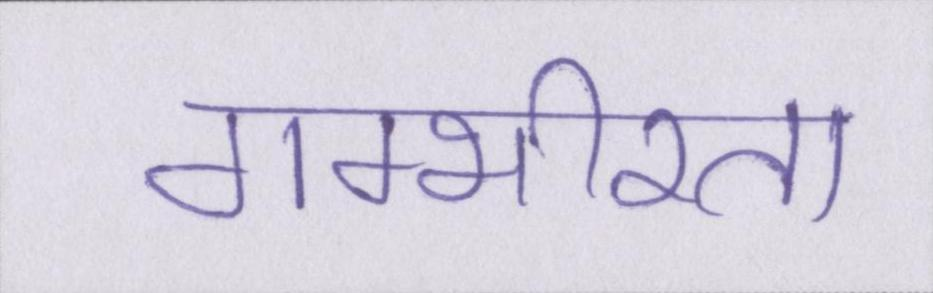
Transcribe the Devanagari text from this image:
गम्भीरता